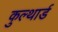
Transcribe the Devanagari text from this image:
कुल्थार्ड